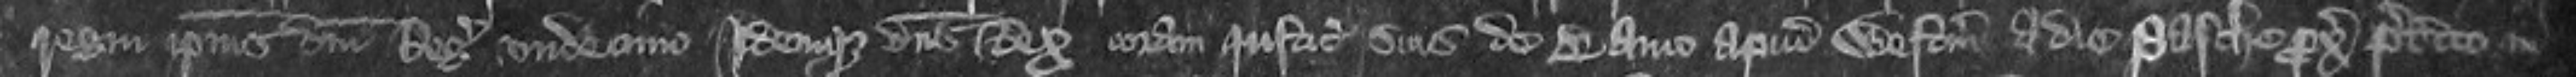
regni ipsius domini Regis undecimo idem usque dominus Rex coram Justiciariis suis de Banco apud Westmonasterium a die Pasche proximo preterito in